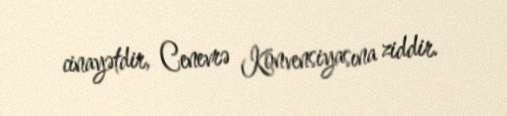
cinayətdir, Cenevrə Konvensiyasına ziddir.